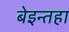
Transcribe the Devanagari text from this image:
बेइन्तहा